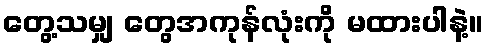
တွေ့သမျှ တွေအကုန်လုံးကို မထားပါနဲ့။